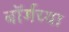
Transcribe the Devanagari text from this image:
बॉर्गच्या